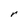
Character: r